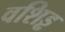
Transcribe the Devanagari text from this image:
वशिड्ढ